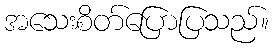
အသေးစိတ်ပြောပြသည်။